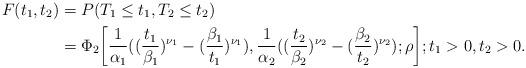
LaTeX: \begin{align*}F(t_1,t_2)&= P(T_1\leq t_1, T_2 \leq t_2)\\&= \Phi_2\bigg[\frac{1}{\alpha_1}((\frac{t_1}{\beta_1})^{\nu_1}-(\frac{\beta_1}{t_1})^{\nu_1}),\frac{1}{\alpha_2}((\frac{t_2}{\beta_2})^{\nu_2}-(\frac{\beta_2}{t_2})^{\nu_2});\rho \bigg] ; t_1 > 0, t_2 > 0.\end{align*}